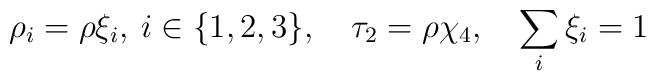
\rho_i=\rho\xi_i, \: i \in \{1,2,3\}, \quad \tau_2=\rho\chi_4, \quad \sum_i \xi_i = 1